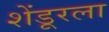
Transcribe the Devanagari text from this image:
शेंडूरला